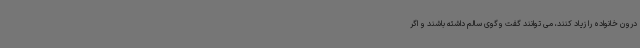
درون خانواده را زیاد کنند، می توانند گفت وگوی سالم داشته باشند و اگر